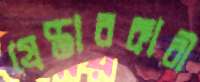
গ্রেপ্তারকারী